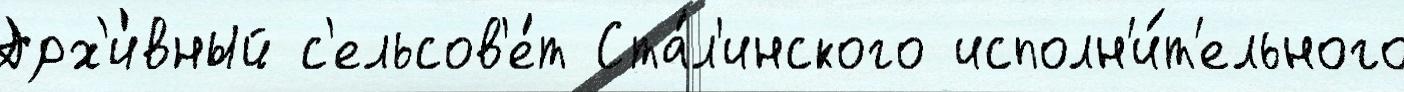
Арх'и́вный с'ельсов'е́т Ста́л'инского исполн'и́т'ельного